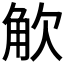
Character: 𮗦